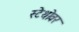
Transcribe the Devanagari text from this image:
स्टेथोवर